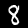
Label: 8